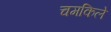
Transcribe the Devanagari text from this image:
चमकिले